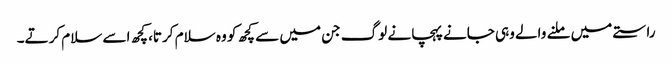
راستے میں ملنے والے وہی جانے پہچانے لوگ جن میں سے کچھ کو وہ سلام کرتا، کچھ اسے سلام کرتے۔